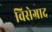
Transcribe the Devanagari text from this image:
विसेग्राद